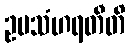
ဥပသံဟရတီတိ